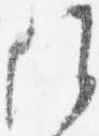
候